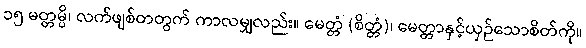
၁၅ မတ္တမ္ပိ၊ လက်ဖျစ်တတွက် ကာလမျှလည်း။ မေတ္တံ (စိတ္တံ)၊ မေတ္တာနှင့်ယှဉ်သောစိတ်ကို။